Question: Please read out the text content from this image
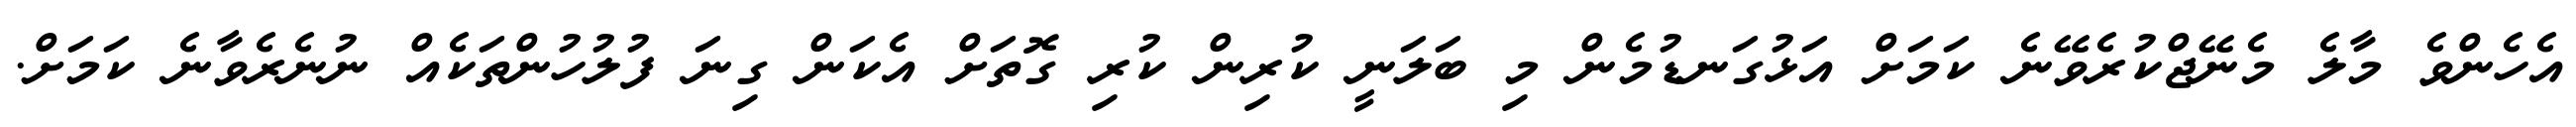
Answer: އެހެންވެ މާލެ މެނޭޖްކުރެވޭނެ ކަމަށް އަޅުގަނޑުމެން މި ބަލަނީ ކުރިން ކުރި ގޮތަށް އެކަން ގިނަ ފުލުހުންތަކެއް ނުނެރެވާނެ ކަމަށް.